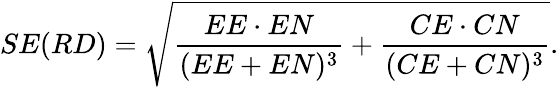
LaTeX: SE(RD)={\sqrt{{\frac{EE\cdot EN}{(EE+EN)^{3}}}+{\frac{CE\cdot CN}{(CE+CN)^{3}}}}}.